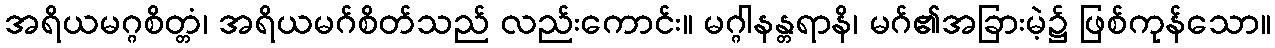
အရိယမဂ္ဂစိတ္တံ၊ အရိယမဂ်စိတ်သည် လည်းကောင်း။ မဂ္ဂါနန္တရာနိ၊ မဂ်၏အခြားမဲ့၌ ဖြစ်ကုန်သော။